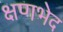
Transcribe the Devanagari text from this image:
क्षणभेद